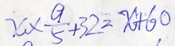
x \times \frac { 9 } { 5 } + 3 2 = x + 6 0